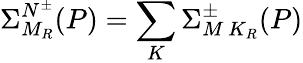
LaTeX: \Sigma_{M_{R}}^{N^{\pm}}(P)=\sum_{K}\Sigma_{M\, K_{R}}^{\pm}(P)